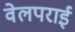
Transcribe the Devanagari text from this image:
वेलपराई